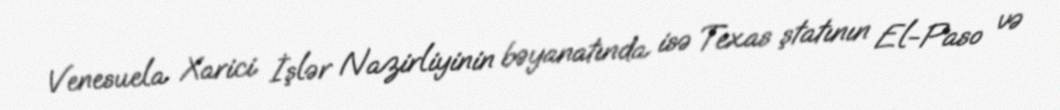
Venesuela Xarici İşlər Nazirliyinin bəyanatında isə Texas ştatının El-Paso və